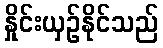
နှိုင်းယှဉ်နိုင်သည်